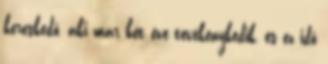
kereskedő, aki már két éve tevékenykedik, és ez idő